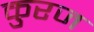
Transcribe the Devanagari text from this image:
कुरज